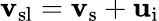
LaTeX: {\mathbf v}_{\mathrm{sl}}={\mathbf v}_{\mathrm{s}}+{\mathbf u}_{\mathrm{i}}